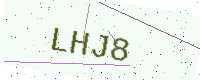
Text: LHJ8